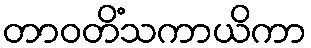
တာဝတိံသကာယိကာ